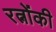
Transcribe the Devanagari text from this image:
रत्नोंकी